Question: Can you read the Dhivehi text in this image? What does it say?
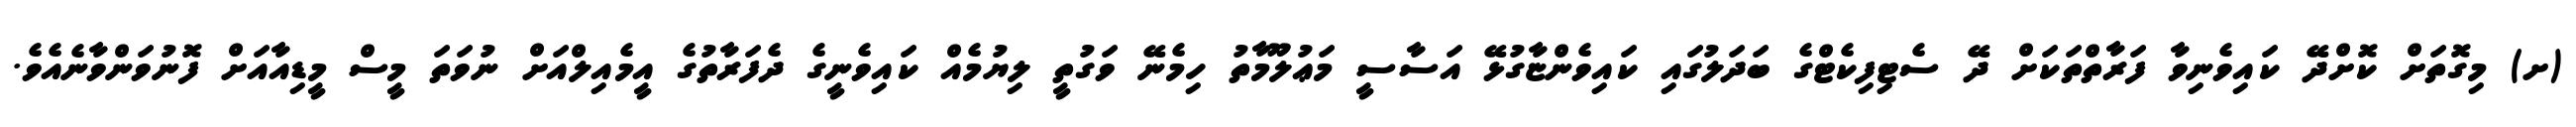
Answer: (ށ) މިގޮތަށް ކޮށްދޭ ކައިވެނިވާ ފަރާތްތަކަށް ދޭ ސެޓިފިކެޓްގެ ބަދަލުގައި ކައިވެންޏާގުޅޭ އަސާސީ މަޢުލޫމާތު ހިމެނޭ ވަގުތީ ލިޔުމެއް ކައިވެނީގެ ދެފަރާތުގެ އީމެއިލްއަށް ނުވަތަ މީސް މީޑިއާއަށް ފޮނުވަންވާނެއެވެ.